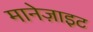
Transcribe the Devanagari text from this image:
मानेज़ाइट